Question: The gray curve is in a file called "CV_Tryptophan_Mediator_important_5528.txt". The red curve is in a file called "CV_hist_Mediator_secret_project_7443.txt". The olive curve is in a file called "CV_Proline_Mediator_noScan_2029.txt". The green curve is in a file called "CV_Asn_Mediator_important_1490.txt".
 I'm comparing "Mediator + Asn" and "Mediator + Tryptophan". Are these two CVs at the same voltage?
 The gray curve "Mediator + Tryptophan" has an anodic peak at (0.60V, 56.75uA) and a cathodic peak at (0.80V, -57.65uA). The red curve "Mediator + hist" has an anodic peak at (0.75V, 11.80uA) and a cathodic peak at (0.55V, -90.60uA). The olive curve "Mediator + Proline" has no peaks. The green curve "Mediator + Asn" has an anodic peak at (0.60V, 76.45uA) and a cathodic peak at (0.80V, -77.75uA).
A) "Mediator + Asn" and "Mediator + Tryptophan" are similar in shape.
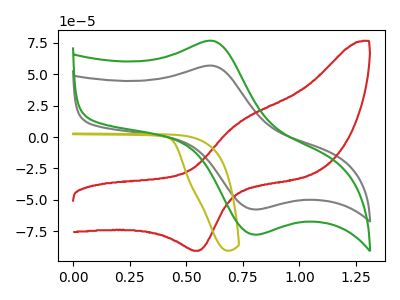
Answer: <think>All the peaks in "Mediator + Asn" have a peak in "Mediator + Tryptophan" at the same potential. Every peak in "Mediator + Asn" is higher than every peak in "Mediator + Tryptophan".
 </think>
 <answer>A) "Mediator + Asn" and "Mediator + Tryptophan" are similar in shape.</answer>
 <eval>A</eval>